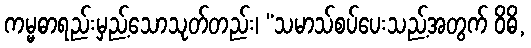
ကမ္မဓာရည်းမှည့်သောသုတ်တည်း၊ “သမာသ်စပ်ပေးသည့်အတွက် ဝိဓိ,